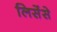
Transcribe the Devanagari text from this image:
लिसेंसे